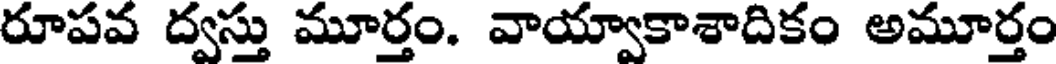
రూపవ ద్వస్తు మూర్తం. వాయ్వాకాశాదికం అమూర్తం